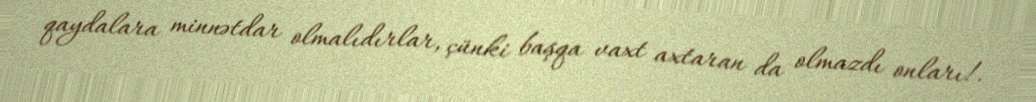
qaydalara minnətdar olmalıdırlar, çünki başqa vaxt axtaran da olmazdı onları!.